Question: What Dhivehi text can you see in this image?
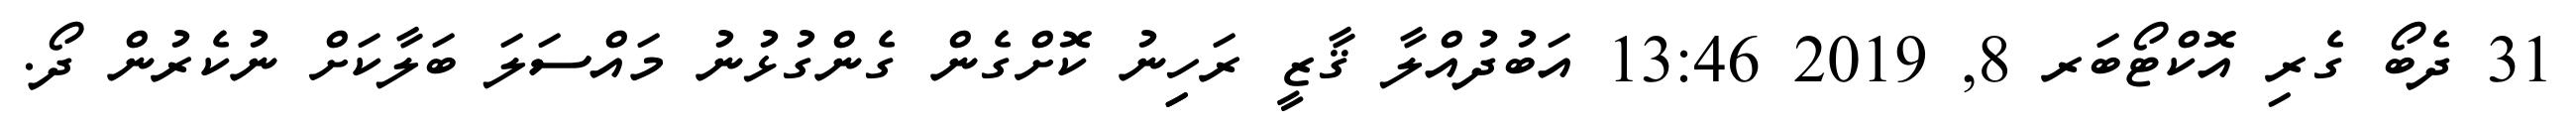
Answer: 31 ދެބޯ ގެރި އޮކްޓޯބަރ 8, 2019 13:46 އަބުދުއްލާ ޤާޒީ ރަހިިނު ކޮށްގެން ގެންގުޅުނު މައްސަލަ ބަލާކަށް ނުކެރުން ދޯ.